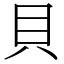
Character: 貝